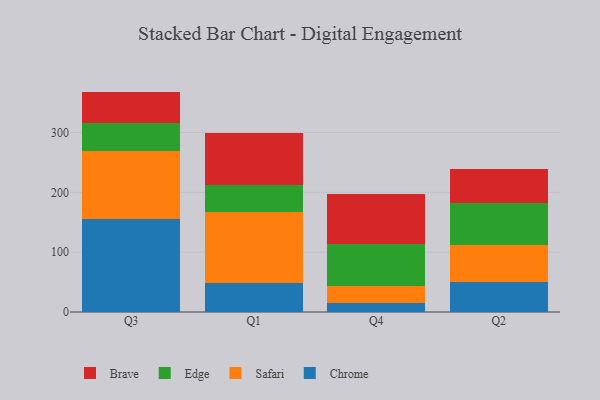
{"axis": {"x": "Quarter", "y": "Energy Usage (MWh)"}, "legend": ["Brave", "Chrome", "Edge", "Safari"], "data": [{"x": "Q3", "y": 155.3, "type": "Chrome"}, {"x": "Q3", "y": 113.1, "type": "Safari"}, {"x": "Q3", "y": 47.4, "type": "Edge"}, {"x": "Q3", "y": 52.5, "type": "Brave"}, {"x": "Q1", "y": 48.5, "type": "Chrome"}, {"x": "Q1", "y": 119.2, "type": "Safari"}, {"x": "Q1", "y": 44.3, "type": "Edge"}, {"x": "Q1", "y": 86.3, "type": "Brave"}, {"x": "Q4", "y": 14.9, "type": "Chrome"}, {"x": "Q4", "y": 29.2, "type": "Safari"}, {"x": "Q4", "y": 68.9, "type": "Edge"}, {"x": "Q4", "y": 84.3, "type": "Brave"}, {"x": "Q2", "y": 50.9, "type": "Chrome"}, {"x": "Q2", "y": 60.5, "type": "Safari"}, {"x": "Q2", "y": 70.6, "type": "Edge"}, {"x": "Q2", "y": 57.0, "type": "Brave"}]}